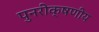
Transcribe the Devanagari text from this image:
पुनरीक्षणीय